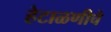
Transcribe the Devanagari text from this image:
हेटाळणीचे